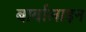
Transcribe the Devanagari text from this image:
बार्बालाइन